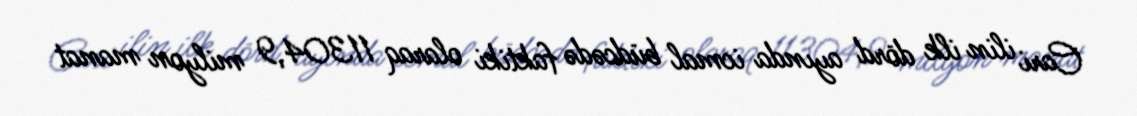
Cari ilin ilk dörd ayında icmal büdcədə faktiki olaraq 11304,9 milyon manat